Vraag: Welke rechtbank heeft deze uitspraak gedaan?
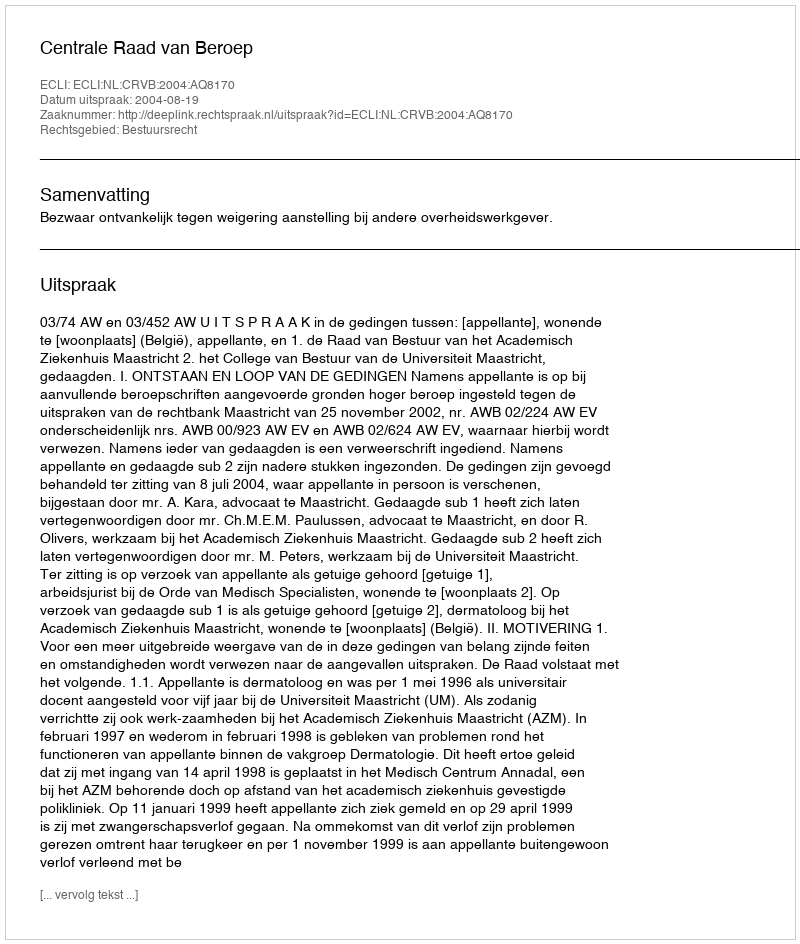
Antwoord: Centrale Raad van Beroep